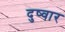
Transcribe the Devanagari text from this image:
दुष्वार